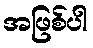
အဖြစ်ပါ